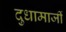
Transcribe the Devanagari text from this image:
दुधामाजीं